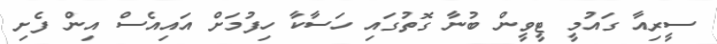
ސީރިއާ ގައުމީ ޓީވީން ބުނާ ގޮތުގައި ހަސާކާ ހިފުމަށް އައިއެސް އިން ފެށި